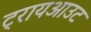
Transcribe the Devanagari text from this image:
ट्रायआउट